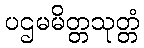
ပဌမမိတ္တသုတ္တံ